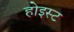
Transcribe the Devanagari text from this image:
होइस्ट